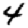
Digit: 4